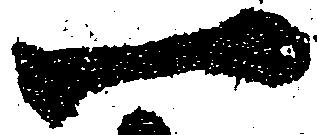
一